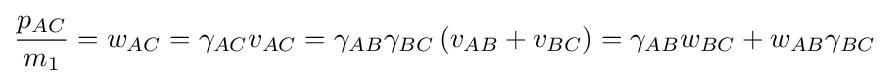
{\frac {p_{AC}}{m_{1}}}=w_{AC}=\gamma _{AC}v_{AC}=\gamma _{AB}\gamma _{BC}\left(v_{AB}+v_{BC}\right)=\gamma _{AB}w_{BC}+w_{AB}\gamma _{BC}